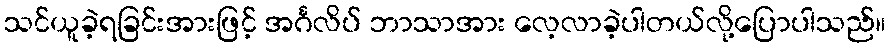
သင်ယူခဲ့ရခြင်းအားဖြင့် အင်္ဂလိပ် ဘာသာအား လေ့လာခဲ့ပါတယ်လို့ပြောပါသည်။